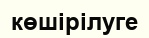
көшірілуге